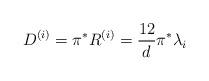
LaTeX: \begin{align*}D^{(i)} = \pi^* R^{(i)} = \frac{12}{d} \pi^*\lambda_i\end{align*}